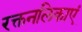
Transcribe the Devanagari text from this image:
रक्तनलिकाएं